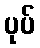
ပုပ်